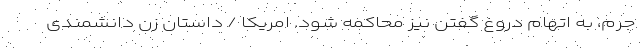
جرم، به اتهام دروغ گفتن نیز محاکمه شود. امریکا / داستان زن دانشمندی